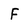
Character: F